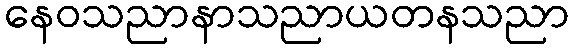
နေဝသညာနာသညာယတနသညာ